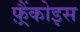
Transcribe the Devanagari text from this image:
फ़्रैंकोइस